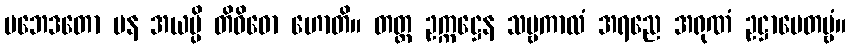
ပဘေဒတော ပန အယမ္ပိ တိဝိဓော ဟောတိ။ တတ္ထ ဥက္ကဋ္ဌေန သဗ္ဗကာလံ အရညေ အရုဏံ ဥဋ္ဌာပေတဗ္ဗံ။